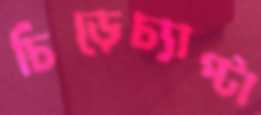
চিঁড়েচ্যাপ্টা